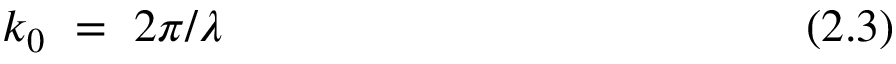
k _ { 0 } ~ = ~ 2 \pi / \lambda ~ ~ ~ ~ ~ ~ ~ ~ ~ ~ ~ ~ ~ ~ ~ ~ ~ ~ ~ ~ ~ ~ ~ ~ ~ ~ ~ ~ ~ ~ ~ ~ ~ ~ ~ ~ ~ ~ ( 2 . 3 )